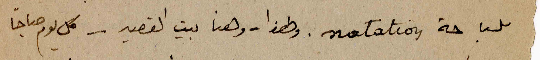
للسباحة natation. وهذا - وهنا بيت القصيد - كل يوم صباحاً